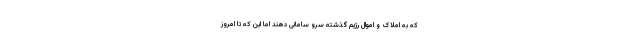
که به املاک و اموال رژیم گذشته سرو سامانی دهند اما این که تا امروز